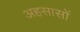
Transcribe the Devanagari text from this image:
अहसासों